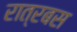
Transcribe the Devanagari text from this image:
रात्रबस